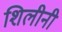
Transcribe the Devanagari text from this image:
शिलीनी